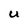
Character: U